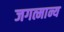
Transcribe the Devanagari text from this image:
जगत्मान्य